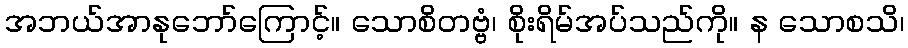
အဘယ်အာနုဘော်ကြောင့်။ သောစိတဗ္ဗံ၊ စိုးရိမ်အပ်သည်ကို။ န သောစသိ၊